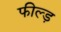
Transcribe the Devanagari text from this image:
फील्ड़